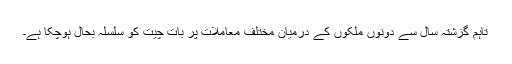
تاہم گزشتہ سال سے دونوں ملکوں کے درمیان مختلف معاملات پر بات چیت کو سلسلہ بحال ہوچکا ہے۔